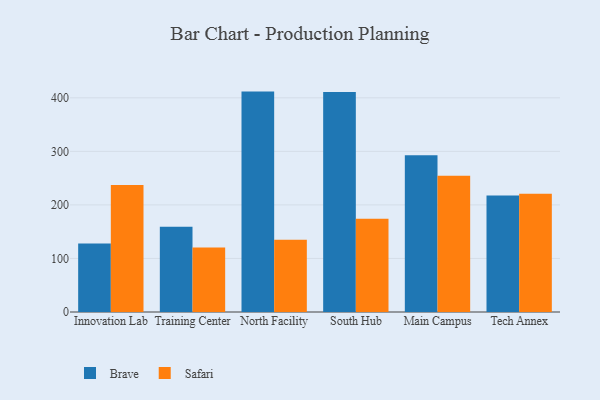
{"axis": {"x": "Campus", "y": "Backlog"}, "legend": ["Brave", "Safari"], "data": [{"x": "Innovation Lab", "y": 127.8, "type": "Brave"}, {"x": "Innovation Lab", "y": 237.1, "type": "Safari"}, {"x": "Training Center", "y": 159.2, "type": "Brave"}, {"x": "Training Center", "y": 120.4, "type": "Safari"}, {"x": "North Facility", "y": 411.6, "type": "Brave"}, {"x": "North Facility", "y": 134.8, "type": "Safari"}, {"x": "South Hub", "y": 410.9, "type": "Brave"}, {"x": "South Hub", "y": 174.0, "type": "Safari"}, {"x": "Main Campus", "y": 292.9, "type": "Brave"}, {"x": "Main Campus", "y": 254.6, "type": "Safari"}, {"x": "Tech Annex", "y": 217.7, "type": "Brave"}, {"x": "Tech Annex", "y": 220.8, "type": "Safari"}]}